Subject: math
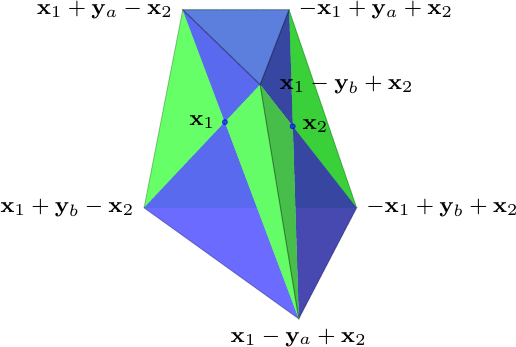
LaTeX code:
    \begin{tikzpicture}[ball/.style = {circle, draw, align=center, anchor=north, inner sep=0}]
        \begin{scope}[scale={.9}]
            \pgfmathsetmacro{\factor}{1/sqrt(2)};
            \coordinate  (c1a) at (9.75,0,-.75*\factor);
            \coordinate  (b1a) at (8.25,0,-.75*\factor);
            \coordinate (a2a) at (9.75,-.65,.75*\factor);
            \coordinate  (c2a) at (10.5,-3,-1.5*\factor);
            \coordinate  (b2a) at (7.5,-3,-1.5*\factor);
            \coordinate  (a1a) at (10.5,-3.75,1.5*\factor);
            \draw[dotted,red,opacity=.2] (b1a) -- (c1a);
            \draw[dotted,blue,opacity=.2] (b1a) -- (a1a) -- (c1a);
            \draw[dotted,red,opacity=.2] (b2a) -- (c2a);
            \draw[dotted,blue,opacity=.2] (b2a) -- (a2a) -- (c2a);
            \coordinate (x1) at (intersection of a1a--b1a and a2a--b2a);
            \coordinate (x2) at (intersection of a1a--c1a and a2a--c2a);
            \draw[dashed,draw=none,fill=green!60, opacity=.9] (c2a) -- (b2a) -- (b1a) -- (c1a) -- cycle;
            \draw[draw=none,fill=green!60,opacity=.9] (b2a) -- (c2a) -- (x2) --(x1)-- cycle;
            \draw[draw=none,fill=green!60,opacity=.9] (x1) -- (b1a) -- (b2a) -- cycle;
            \draw[draw=none,fill=green!60!gray,opacity=.9] (c1a) -- (x2) -- (c2a) -- cycle;
            \draw[draw=none,fill=green!60,opacity=.9] (b1a) -- (c1a) -- (x2)--(x1) -- cycle;
            \draw[draw=none,fill=blue!65, opacity=.675] (b1a) -- (c1a) -- (x2) --(x1)-- cycle;
            \draw[draw=none,fill=blue!65,opacity=.675] (b1a) -- (x1) -- (a2a) -- cycle;
            \draw[draw=none,fill=blue!40!darkgray,opacity=.675] (a2a) -- (x2) -- (c1a) -- cycle;
            \draw[draw=none,fill=blue!65!white,opacity=.3] (b1a) -- (c1a) -- (a2a) -- cycle;
            \draw[draw=none,fill=blue!65,opacity=.675] (a2a) -- (x1) -- (x2) -- cycle;
            \draw[draw=none,fill=blue!65, opacity=.675] (c2a) -- (b2a) -- (a1a) -- cycle;
            \draw[draw=none,fill=blue!65, opacity=.675] (c2a) -- (b2a) -- (x1) --(x2)-- cycle;
            \draw[draw=none,fill=blue!65,opacity=.675] (x1) -- (a1a) -- (b2a) -- cycle;
            \draw[draw=none,fill=blue!40!darkgray,opacity=.675] (x2) -- (a1a) -- (c2a) -- cycle;
            \draw[draw=none,fill=blue!65,opacity=.675] (x1) -- (a1a) -- (x2) -- cycle;
            \draw[draw=none,fill=green!60,opacity=.9] (x1) -- (x2) -- (a2a) -- cycle;
            \draw[draw=none,fill=green!60,opacity=.9] (x1) -- (a1a) -- (x2) -- cycle;
            \draw[draw=none,fill=green!60,opacity=.9] (x1) -- (a2a) -- (a1a) -- cycle;
            \draw[draw=none,fill=green!45!gray,opacity=.9] (x2) -- (a2a) -- (a1a) -- cycle;
        \end{scope}
        \begin{scope}[scale=0.9]
            \draw[black,opacity=.2]  (b1a) -- (c1a) -- (a2a) -- cycle;
            \draw[black,opacity=.2] (b1a) -- (b2a)--(a1a)--(a2a)--cycle;
            \draw[black,opacity=.2] (c1a) -- (c2a)--(a1a)--(a2a)--cycle;
        \end{scope}
        \begin{scope}[scale=0.9]
            \pgfmathsetmacro{\factor}{1/sqrt(2)};
            \coordinate [label=right:{\footnotesize $-{\bf x}_1+{\bf y}_{a}+{\bf x}_2$}] (c1a) at (9.75,0,-.75*\factor);
            \coordinate [label=left:{\footnotesize ${\bf x}_1+{\bf y}_{a}-{\bf x}_2$}] (b1a) at (8.25,0,-.75*\factor);
            \coordinate (a2a) at (9.75,-.65,.75*\factor);

            \coordinate [label=right:{\footnotesize $-{\bf x}_1+{\bf y}_{b}+{\bf x}_2$}] (c2a) at (10.5,-3,-1.5*\factor);
            \coordinate [label=left:{\footnotesize ${\bf x}_1+{\bf y}_{b}-{\bf x}_2$}] (b2a) at (7.5,-3,-1.5*\factor);
            \coordinate [label=below:{\footnotesize ${\bf x}_1-{\bf y}_{a}+{\bf x}_2$}] (a1a) at (10.5,-3.75,1.5*\factor);
            \draw (a2a) node[label=right:{\footnotesize ${\bf x}_1-{\bf y}_{b}+{\bf x}_2$}] {};
            \coordinate[label=left:{\footnotesize ${\bf x}_1$}] (x1) at (intersection of a1a--b1a and a2a--b2a);
            \coordinate[label=right:{\footnotesize ${\bf x}_2$}] (x2) at (intersection of a1a--c1a and a2a--c2a);
            \draw[color=blue,fill=blue,opacity=.6] (x1) circle (1pt);
            \draw[color=blue,fill=blue,opacity=.6] (x2) circle (1pt);
        \end{scope}
    \end{tikzpicture}